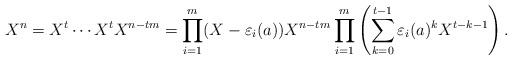
\begin{align*}X^n = X^t \cdots X^t X^{n-tm} = \prod_{i=1}^{m}(X - \varepsilon_i(a)) X^{n-tm}\prod_{i=1}^{m}\left(\sum_{k=0}^{t-1} \varepsilon_i(a)^k X^{t-k-1}\right).\end{align*}